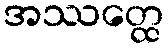
အဿတ္ထေ